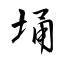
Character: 埇